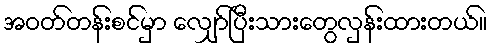
အဝတ်တန်းစင်မှာ လျှော်ပြီးသားတွေလှန်းထားတယ်။